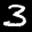
Label: 3